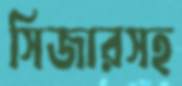
সিজারসহ